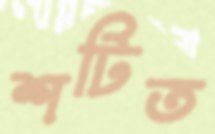
শটিত